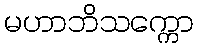
မဟာဘိသက္ကော